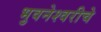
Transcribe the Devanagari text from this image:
भुवनेश्वरीचे